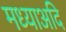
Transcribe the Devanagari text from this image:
मध्याअदि